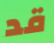
قد